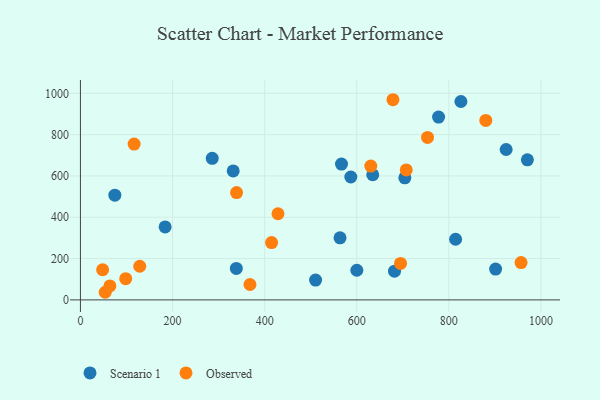
{"axis": {"x": "Price", "y": "Sales"}, "legend": ["Observed", "Scenario 1"], "data": [{"x": "970.5", "y": 678.2, "type": "Scenario 1"}, {"x": "183.9", "y": 353.2, "type": "Scenario 1"}, {"x": "338.5", "y": 152.5, "type": "Scenario 1"}, {"x": "566.9", "y": 657.3, "type": "Scenario 1"}, {"x": "510.6", "y": 96.2, "type": "Scenario 1"}, {"x": "600.2", "y": 143.4, "type": "Scenario 1"}, {"x": "331.7", "y": 624.1, "type": "Scenario 1"}, {"x": "826.2", "y": 960.4, "type": "Scenario 1"}, {"x": "924.4", "y": 728.0, "type": "Scenario 1"}, {"x": "286.2", "y": 685.1, "type": "Scenario 1"}, {"x": "587.1", "y": 595.0, "type": "Scenario 1"}, {"x": "74.7", "y": 506.8, "type": "Scenario 1"}, {"x": "814.6", "y": 293.6, "type": "Scenario 1"}, {"x": "563.7", "y": 300.3, "type": "Scenario 1"}, {"x": "777.7", "y": 885.1, "type": "Scenario 1"}, {"x": "901.5", "y": 149.0, "type": "Scenario 1"}, {"x": "682.0", "y": 138.8, "type": "Scenario 1"}, {"x": "634.7", "y": 605.9, "type": "Scenario 1"}, {"x": "704.4", "y": 591.0, "type": "Scenario 1"}, {"x": "880.2", "y": 869.0, "type": "Observed"}, {"x": "707.5", "y": 629.1, "type": "Observed"}, {"x": "48.2", "y": 145.9, "type": "Observed"}, {"x": "339.0", "y": 519.5, "type": "Observed"}, {"x": "116.6", "y": 754.5, "type": "Observed"}, {"x": "98.3", "y": 102.7, "type": "Observed"}, {"x": "695.1", "y": 176.7, "type": "Observed"}, {"x": "368.1", "y": 74.6, "type": "Observed"}, {"x": "53.8", "y": 36.9, "type": "Observed"}, {"x": "128.8", "y": 163.0, "type": "Observed"}, {"x": "415.1", "y": 277.5, "type": "Observed"}, {"x": "753.7", "y": 786.5, "type": "Observed"}, {"x": "429.0", "y": 417.1, "type": "Observed"}, {"x": "678.6", "y": 969.0, "type": "Observed"}, {"x": "630.5", "y": 647.7, "type": "Observed"}, {"x": "64.0", "y": 67.7, "type": "Observed"}, {"x": "956.8", "y": 180.9, "type": "Observed"}]}